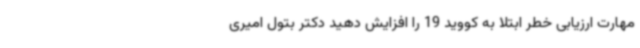
مهارت ارزیابی خطر ابتلا به کووید 19 را افزایش دهید دکتر بتول امیری